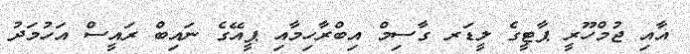
އާއި ޖުމްހޫރީ ޕާޓީގެ ލީޑަރ ގާސިމް އިބްރާހިމާއި ޕީއޭގެ ނައިބް ރައީސް އަހުމަދު